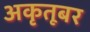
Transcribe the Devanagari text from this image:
अकृतूबर